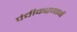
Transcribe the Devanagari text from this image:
पंचीकरणानें